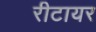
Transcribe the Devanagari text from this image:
रीटायर